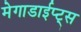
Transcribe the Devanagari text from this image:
मेगाडाईप्ट्स